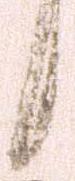
候